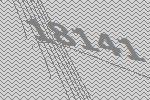
18141